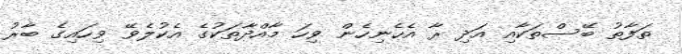
ތަފާތު ބޭސްތަކާއި އަދި ރާ އެހެނިހެން ވިހަ މާއްދާތަކުގެ އެކުލެވޭ ވިހައިގެ ބާރު